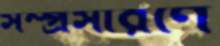
সম্প্রসারণে